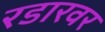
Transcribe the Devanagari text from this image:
रडारवर